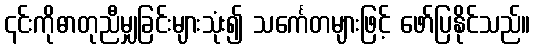
၎င်းကိုဓာတုညီမျှခြင်းများသုံး၍ သင်္ကေတများဖြင့် ဖော်ပြနိုင်သည်။